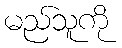
မည်သူကို